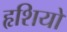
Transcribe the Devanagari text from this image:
हृशियों